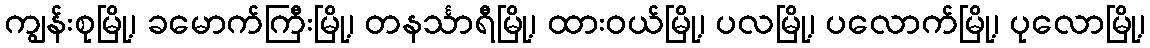
ကျွန်းစုမြို့၊ ခမောက်ကြီးမြို့၊ တနင်္သာရီမြို့၊ ထားဝယ်မြို့၊ ပလမြို့၊ ပလောက်မြို့၊ ပုလောမြို့၊